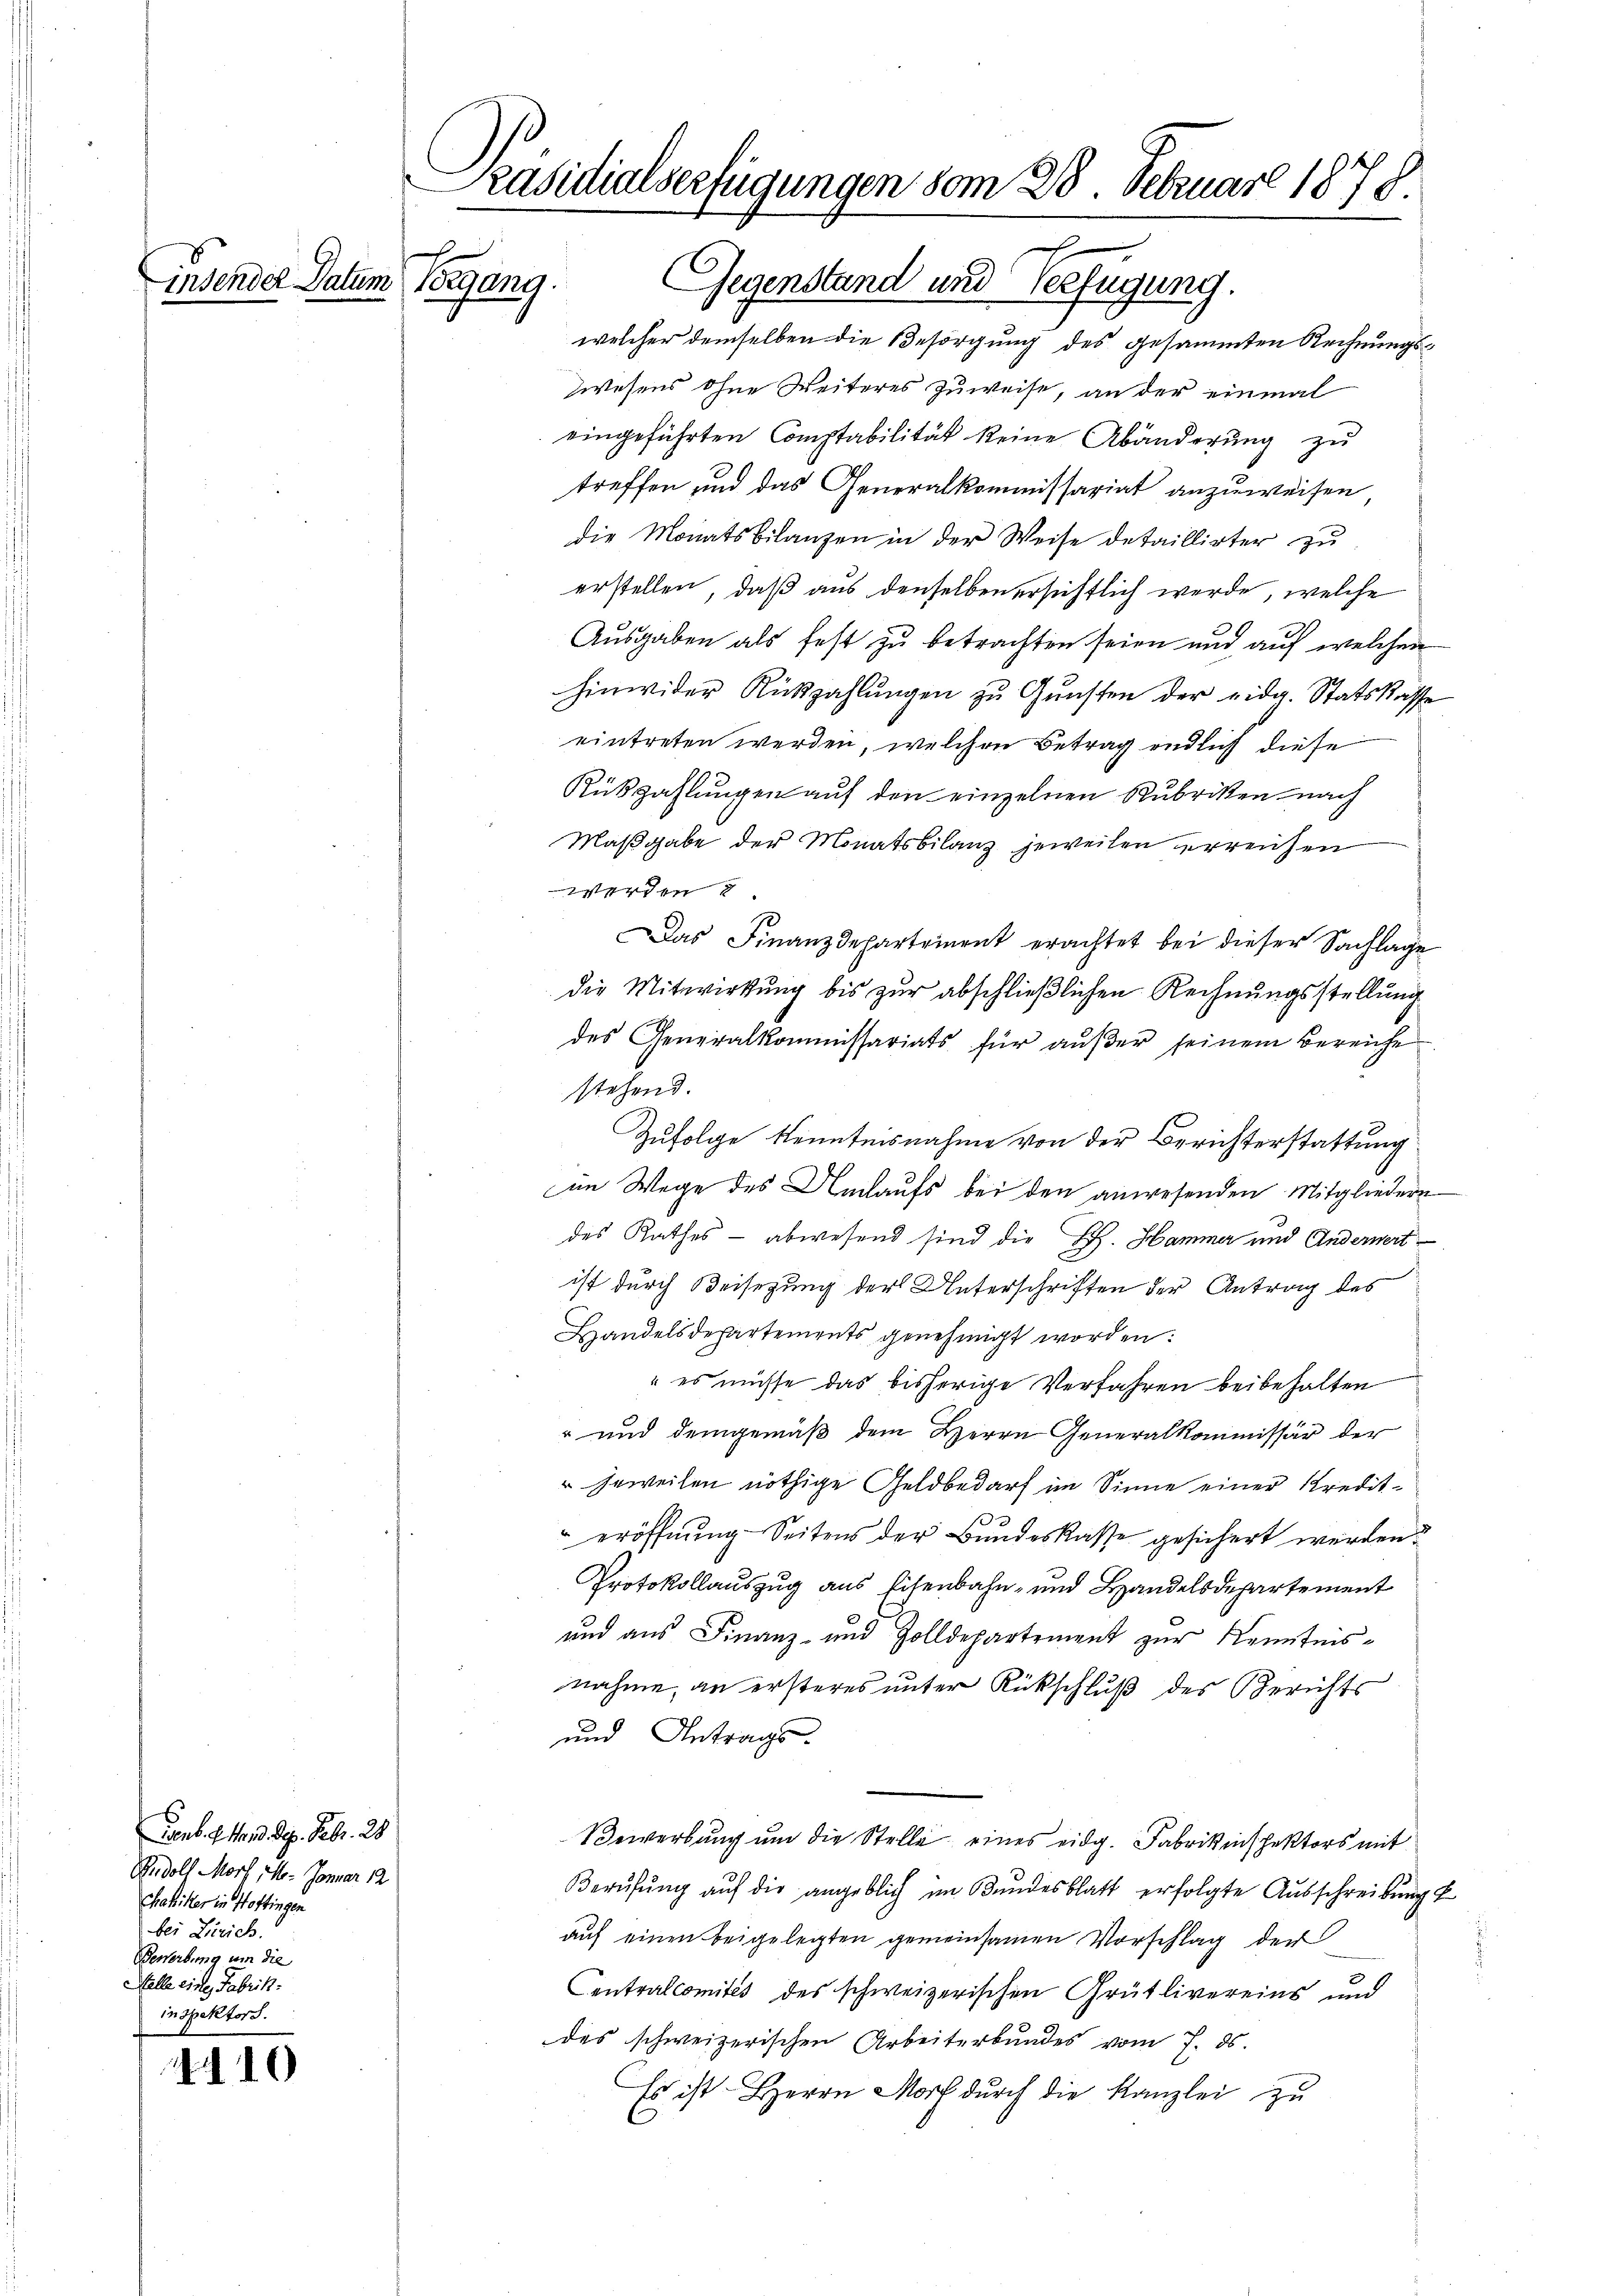
Penb. d. M. d ep. Febr. 28.
Rudolf Morf, M. Januar 12
Hahitter in Hottingen
bei Zürich.
Bewerbung um die
Helle eine Fabrik:

4410

insender Datum Vorgang.

Präsidialverfügungen vom 28. Februar 1878

Gegenstand und Verfügung.
welcher demselben die Besorgung des gesammten Rechnungs¬
Zwesens ohne Weiteres zuweise, an der einmal
eingeführten Comptabilität keine Abänderung zu
treffen und das Generalkommissariat anzuweisen
die Monatsbilanzen in der Weise detaillirter zu
erstellen, daß aus denselben ersichtlich werde, welche
Ausgaben als fest zu betrachten seien und auf welchen
hinwider Rückzahlŭngen zŭ Gŭnsten der eidg. Statskasse
eintreten werden, welchen Betrag endlich diese
Rükzahlungen auf den einzelnen Rubriken nach
Maßgabe der Monatsbilanz jeweilen erreichen

Das Finanzdepartement erachtet bei dieser Sachlage
die Mitwirkung bis zur abschließlichen Rechnungsstellung
des Generalkommissariats für außer seinem Bereiche
stehend.
Zufolge Kenntnisnahme von der Berichterstattung
im Wege des Nachaufs bei den anwesenden Mitgliedern
des Rathes - abwesend sind die R. Hammer und Anderwert
ist durch Beisezung der Unterschriften der Antrag des
Handelsdepartements genehmigt worden:
" es müsse das bisherige Verfahren beibehalten
" und demgemäß dem Herrn Generalkommissär der
 jeweilen nöthige Geldbedarf im Sinne einer Kreditx
eröffnung Seitens der Bundeskasse gesichert werden.
Protokollauszug aus Eisenbahn- und Handelsdepartement
und aus Finanz- und Zolldepartement zur Kenntnisnahme, an ersteres unter Rückschluß des Berichts
und Antrags.
Bewerbung um die Stelle eines eidg. Fabrikinspektors mit
Berŭfŭng auf die angeblich im Bundesblatt erfolgte Aŭsschreibung f
auf einen beigelegten gemeinsamen Vorschlag der
Centralcomités des schweizerischen Grütlivereins und
des schweizerischen Arbeiterbundes vom 7. ds.
Es ist Herrn Morf durch die Kanzlei zu